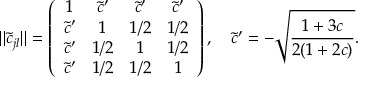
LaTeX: \| \widetilde { c } _ { j l } \| = \left( \begin{array} { c c c c } { { 1 } } & { { \widetilde { c } ^ { \prime } } } & { { \widetilde { c } ^ { \prime } } } & { { \widetilde { c } ^ { \prime } } } \\ { { \widetilde { c } ^ { \prime } } } & { { 1 } } & { { 1 / 2 } } & { { 1 / 2 } } \\ { { \widetilde { c } ^ { \prime } } } & { { 1 / 2 } } & { { 1 } } & { { 1 / 2 } } \\ { { \widetilde { c } ^ { \prime } } } & { { 1 / 2 } } & { { 1 / 2 } } & { { 1 } } \end{array} \right) , \quad \widetilde { c } ^ { \prime } = - \sqrt { \frac { 1 + 3 c } { 2 ( 1 + 2 c ) } } .